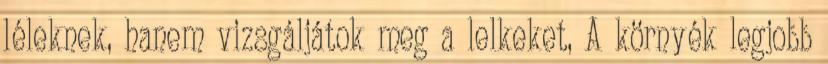
léleknek, hanem vizsgáljátok meg a lelkeket, A környék legjobb